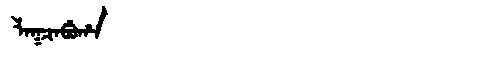
Manchu: ᠯᠠᡴᠴᠠᠪᡠᡥᠠ
Romanization: LAKCABUHA